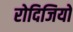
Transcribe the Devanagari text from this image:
रोदिजियो